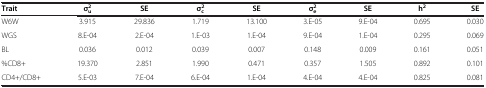
| Trait | σ2u | SE | σ2c | SE | σ2e | SE | h2 | SE |
 | --- | --- | --- | --- | --- | --- | --- | --- | --- |
 | W6W | 3.915 | 29.836 | 1.719 | 13.100 | 3.E-05 | 9.E-04 | 0.695 | 0.030 |
 | WGS | 8.E-04 | 2.E-04 | 1.E-03 | 1.E-04 | 9.E-04 | 1.E-04 | 0.295 | 0.069 |
 | BL | 0.036 | 0.012 | 0.039 | 0.007 | 0.148 | 0.009 | 0.161 | 0.051 |
 | %CD8+ | 19.370 | 2.851 | 1.990 | 0.471 | 0.357 | 1.505 | 0.892 | 0.101 |
 | CD4+/CD8+ | 5.E-03 | 7.E-04 | 6.E-04 | 1.E-04 | 4.E-04 | 4.E-04 | 0.825 | 0.081 |